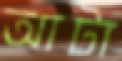
আটা